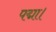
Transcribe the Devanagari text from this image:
पद्मा।